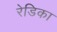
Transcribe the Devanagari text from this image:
रेडिका